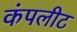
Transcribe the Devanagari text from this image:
कंपलीट